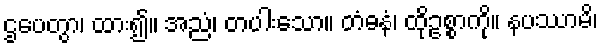
ဌပေတွာ၊ ထား၍။ အညံ၊ တပါးသော။ တံဓနံ၊ ထိုဥစ္စာကို။ နပဿာမိ၊